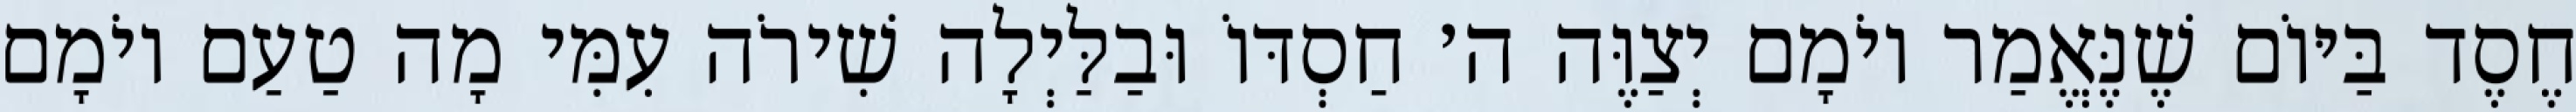
חֶסֶד בַּיּוֹם שֶׁנֶּאֱמַר יוֹמָם יְצַוֶּה ה׳ חַסְדּוֹ וּבַלַּיְלָה שִׁירֹה עִמִּי מָה טַעַם יוֹמָם